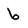
Character: 6